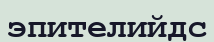
эпителийдс